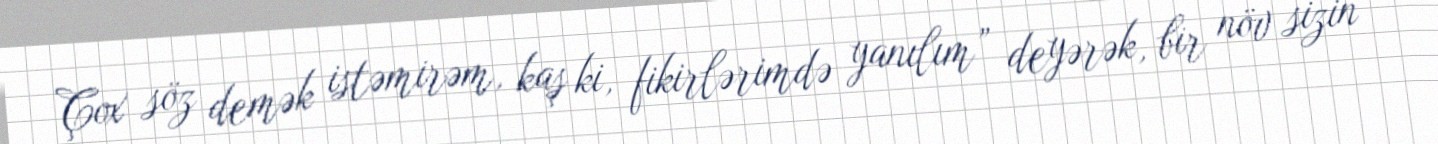
Çox söz demək istəmirəm, kaş ki, fikirlərimdə yanılım” deyərək, bir növ sizin